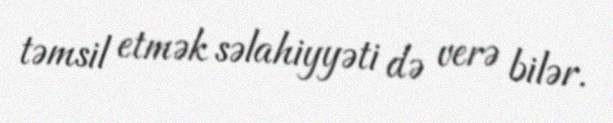
təmsil etmək səlahiyyəti də verə bilər.